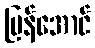
မြန်အောင်